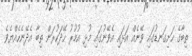
ތިބާގެ ހަށިގަނޑުގައި ވޭނެއް އަޅައި އެވޭނުގައި މުޅި އުމުރު ހޭދަކުރަން ތިބާ އެދޭނެހެއްޔެވެ